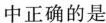
中正确的是